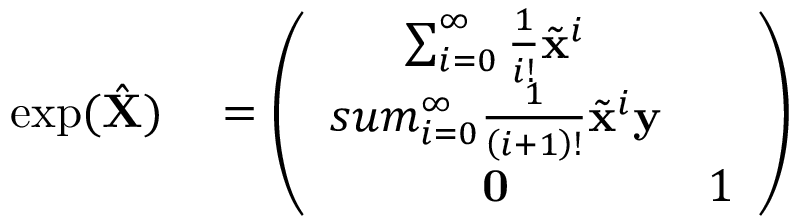
\begin{array} { r l } { \exp ( \hat { \mathbf { X } } ) } & { { } = \left( \begin{array} { c c } { \sum _ { i = 0 } ^ { \infty } \frac { 1 } { i ! } \tilde { \mathbf { x } } ^ { i } } & { \ } \\ { s u m _ { i = 0 } ^ { \infty } \frac { 1 } { \left( i + 1 \right) ! } \tilde { \mathbf { x } } ^ { i } \mathbf { y } } \\ { \mathbf { 0 } } & { 1 } \end{array} \right) } \end{array}